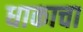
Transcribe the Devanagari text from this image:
धाकाचा